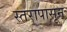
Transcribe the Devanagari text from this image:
स्तरापासून